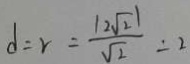
d = r = \frac { \vert 2 \sqrt { 2 } \vert } { \sqrt { 2 } } = 2